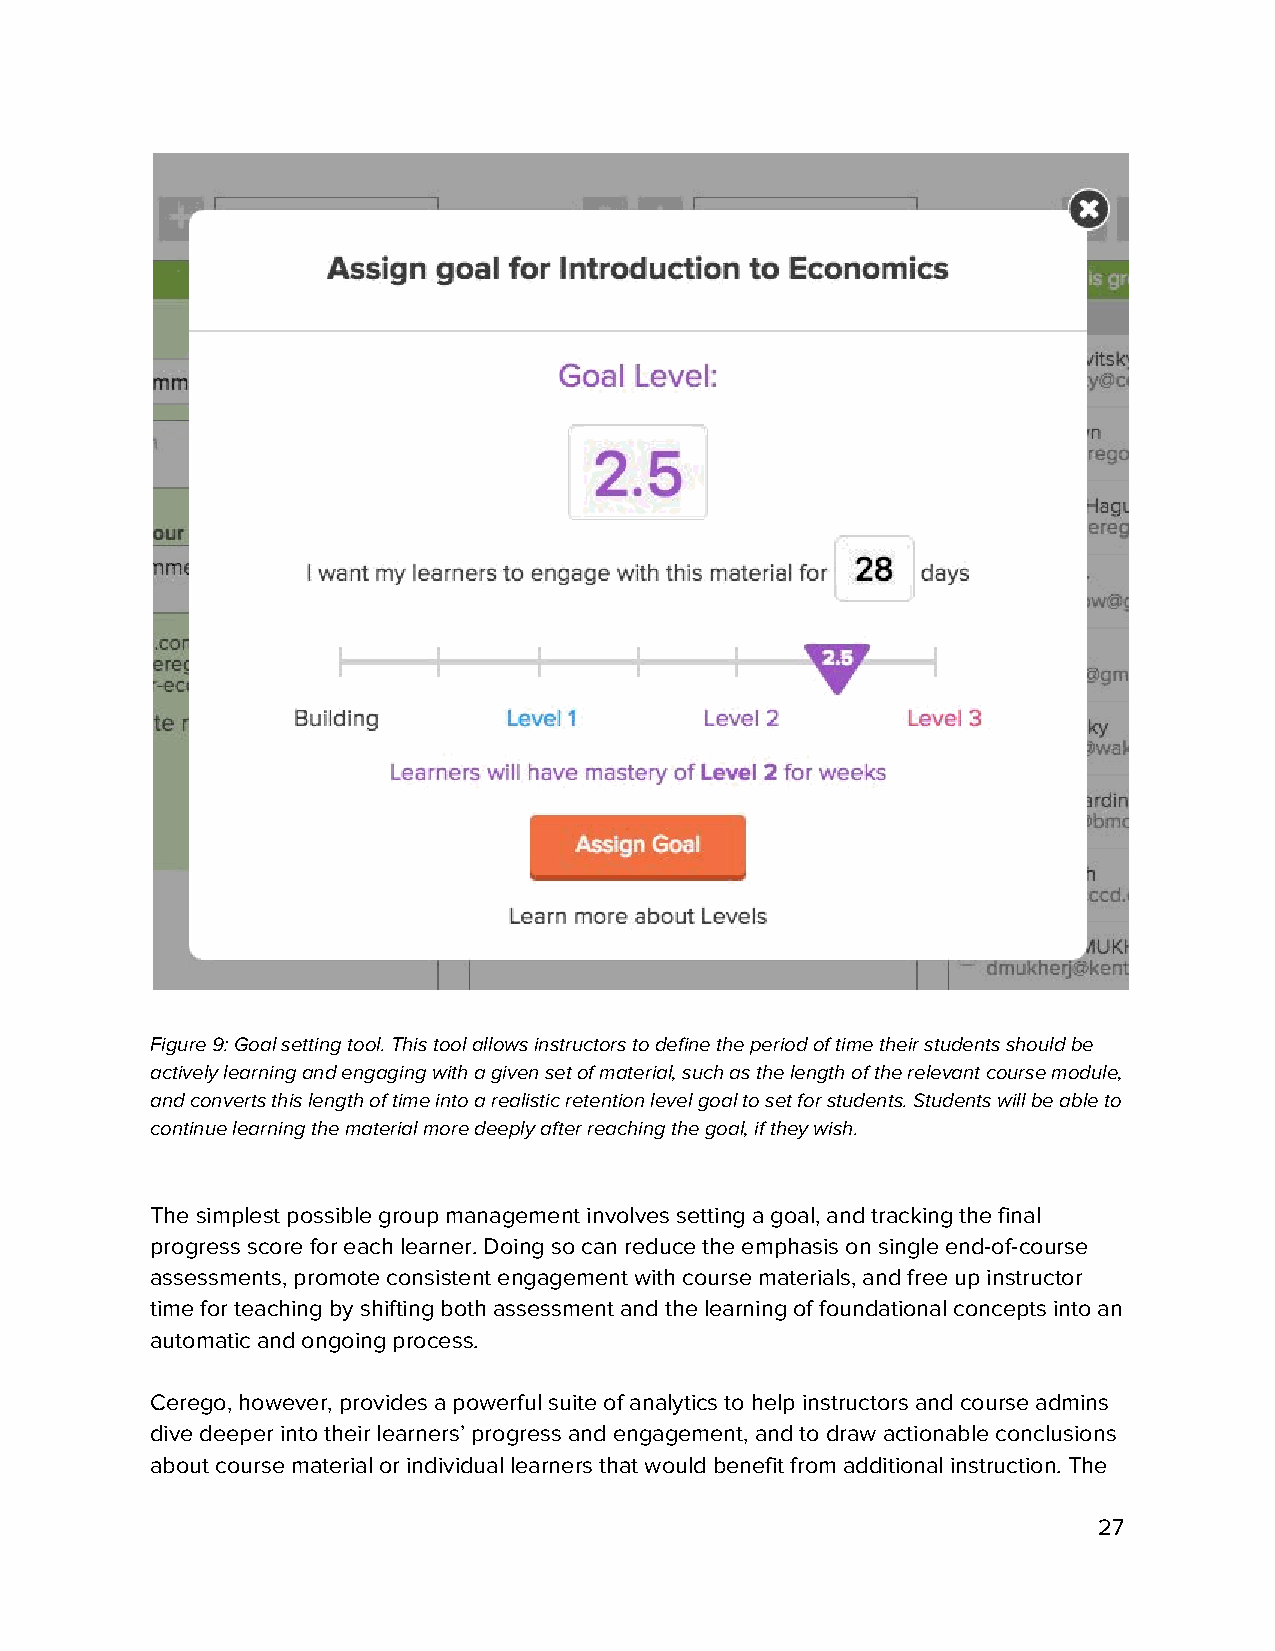
Figure 9: Goal setting tool. This tool allows instructors to define the period of time their students should be
 actively learning and engaging with a given set of material, such as the length of the relevant course module,
 and converts this length of time into a realistic retention level goal to set for students. Students will be able to
 continue learning the material more deeply after reaching the goal, if they wish.
 The simplest possible group management involves setting a goal, and tracking the final
 progress score for each learner. Doing so can reduce the emphasis on single end-of-course
 assessments, promote consistent engagement with course materials, and free up instructor
 time for teaching by shifting both assessment and the learning of foundational concepts into an
 automatic and ongoing process.
 Cerego, however, provides a powerful suite of analytics to help instructors and course admins
 dive deeper into their learners’ progress and engagement, and to draw actionable conclusions
 about course material or individual learners that would benefit from additional instruction. The
 27